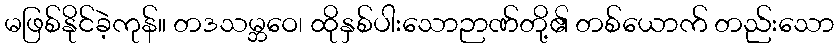
မဖြစ်နိုင်ခဲ့ကုန်။ တဒသမ္ဘဝေ၊ ထိုနှစ်ပါးသောဉာဏ်တို့၏ တစ်ယောက် တည်းသော